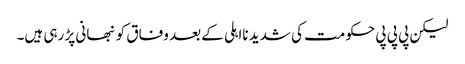
لیکن پی پی پی حکومت کی شدید نااہلی کے بعد وفاق کو نبھانی پڑ رہی ہیں۔